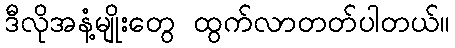
ဒီလိုအနံ့မျိုးတွေ ထွက်လာတတ်ပါတယ်။